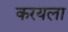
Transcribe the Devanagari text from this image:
करयला